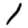
Digit: 1